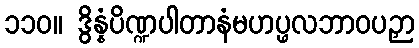
၁၁၀။ ဒွိန္နံပိဏ္ဍပါတာနံမဟပ္ဖလဘာဝပဉှာ